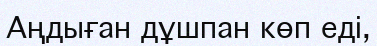
Аңдыған дұшпан көп еді,